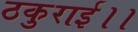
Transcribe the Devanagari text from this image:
ठकुराई।।